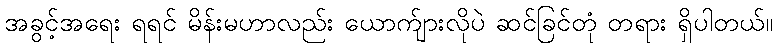
အခွင့်အရေး ရရင် မိန်းမဟာလည်း ယောက်ျားလိုပဲ ဆင်ခြင်တုံ တရား ရှိပါတယ်။